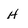
Character: H